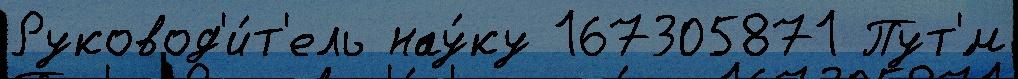
Руковод'и́т'ель нау́ку 167305871 Пут'́м